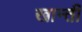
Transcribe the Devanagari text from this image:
खान्ती